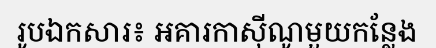
រូបឯកសារ៖ អគារកាស៊ីណូមួយកន្លែង